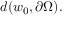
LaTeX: d ( w _ { 0 } , \partial \Omega ) .